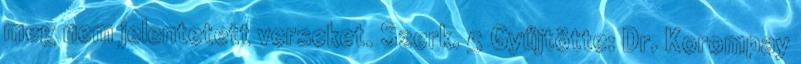
meg nem jelentetett verseket. Szerk. 5 Gyűjtötte: Dr. Korompay